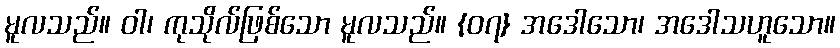
မူလသည်။ ဝါ၊ ကုသိုလ်ဖြစ်သော မူလသည်။ {၀၇} အဒေါသော၊ အဒေါသဟူသော။